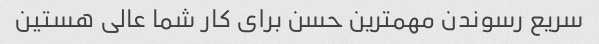
سریع رسوندن مهمترین حسن برای کار شما عالی هستین